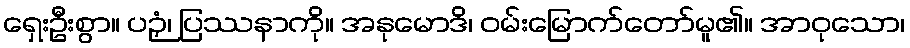
ရှေးဦးစွာ။ ပဉှံ၊ ပြဿနာကို။ အနုမောဒိ၊ ဝမ်းမြောက်တော်မူ၏။ အာဝုသော၊